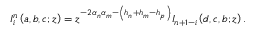
I _ { i } ^ { n } \left( a , b , c ; z \right) = z ^ { - 2 \alpha _ { n } \alpha _ { m } - \left( h _ { n } + h _ { m } - h _ { p } \right) } I _ { n + 1 - i } \left( d , c , b ; z \right) .